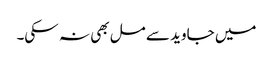
میں جاوید سے مل بھی نہ سکی۔